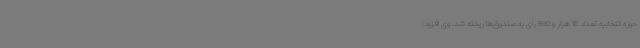
حوزه انتخابیه تعداد 16 هزار و 890 رای به صندوق‌ها ریخته شد. وی افزود: